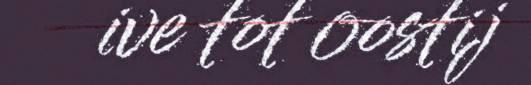
ive tot oostij